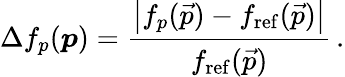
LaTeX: \Delta f_{p}(\boldsymbol{p})=\frac{\left|f_{p}(\vec{p})-f_{\mathrm{ref}}(\vec{p})\right|}{f_{\mathrm{ref}}(\vec{p})}\, .